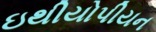
ઇથીયોપીયન